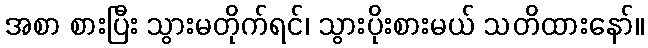
အစာ စားပြီး သွားမတိုက်ရင်၊ သွားပိုးစားမယ် သတိထားနော်။